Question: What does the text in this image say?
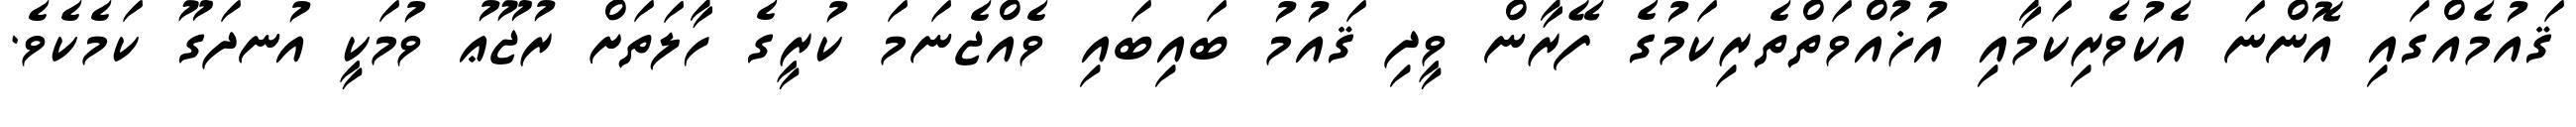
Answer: ޤައުމެއްގައި އޮންނަ އެކުވެރިކަމާއި އުޚުއްވަތްތެރިކަމުގެ ފޭރާން ވީދި ޤައުމު ބައިބައި ވެއްޖެނަމަ ކުރީގެ ހާލަތަށް ރުޖޫޢު ވުމަކީ އުނދަގޫ ކަމެކެވެ.